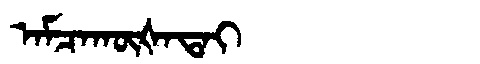
Manchu: ᠠᠮᠴᠠᡴᡡᡧᠠᡨᠠᡳ
Romanization: AMCAKŪŠATAI